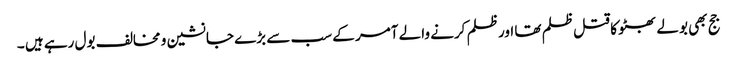
جج بھی بولے بھٹو کا قتل ظلم تھا اور ظلم کرنے والے آمر کے سب سے بڑے جانشین و مخالف بول رہے ہیں ۔